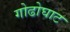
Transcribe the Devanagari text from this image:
गोढोघाट